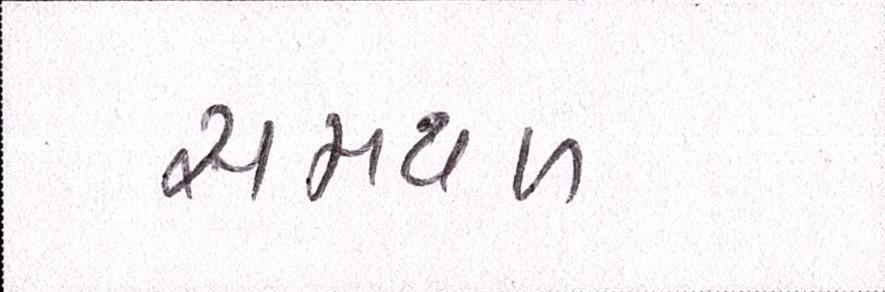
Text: સમથળ